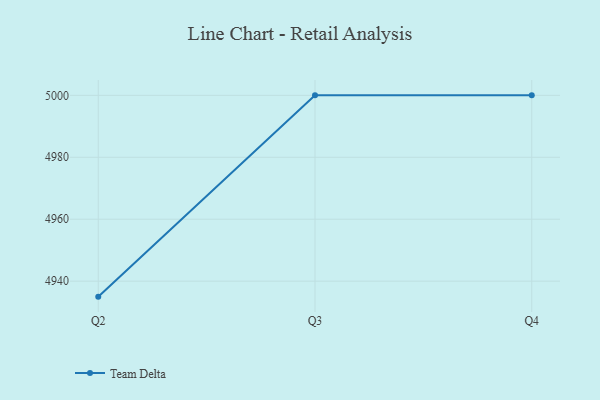
{"axis": {"x": "Quarter", "y": "Latency (ms)"}, "legend": ["Team Delta"], "data": [{"x": "Q2", "y": 4935.0, "type": "Team Delta"}, {"x": "Q3", "y": 5000, "type": "Team Delta"}, {"x": "Q4", "y": 5000, "type": "Team Delta"}]}